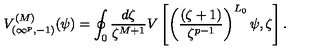
V _ { ( \infty ^ { p } , - 1 ) } ^ { ( M ) } ( \psi ) = \oint _ { 0 } \frac { d \zeta } { \zeta ^ { M + 1 } } V \left[ \left( \frac { ( \zeta + 1 ) } { \zeta ^ { p - 1 } } \right) ^ { L _ { 0 } } \psi , \zeta \right] .